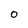
Character: O